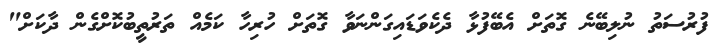
ފުރުސަތު ނުލިބޭނެ ގޮތަށް އެބޭފުޅާ ދެކެވަޑައިގަންނަވާ ގޮތަށް ހުރިހާ ކަމެއް ތަރުތީބުކޮށްގެން ދާކަށް"